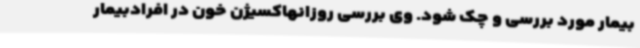
بیمار مورد بررسی و چک شود. وی بررسی روزانهاکسیژن خون در افرادبیمار